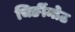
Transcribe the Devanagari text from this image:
चिर्ङीमोठ